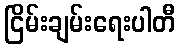
ငြိမ်းချမ်းရေးပါတီ